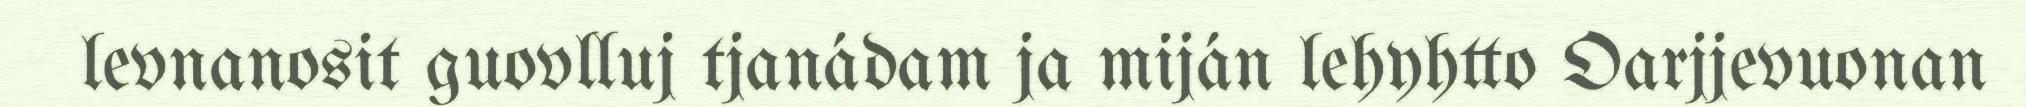
levnanosit guovlluj tjanádam ja miján lehyhtto Oarjjevuonan